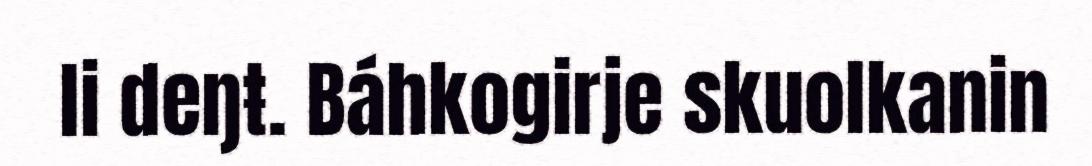
li deŋŧ. Báhkogirje skuolkanin